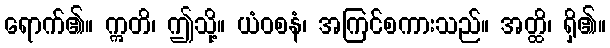
ရောက်၏။ ဣတိ၊ ဤသို့။ ယံဝစနံ၊ အကြင်စကားသည်။ အတ္ထိ၊ ရှိ၏။